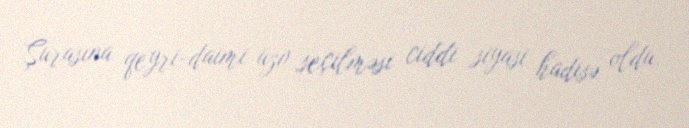
Şurasına qeyri-daimi üzv seçilməsi ciddi siyasi hadisə oldu.